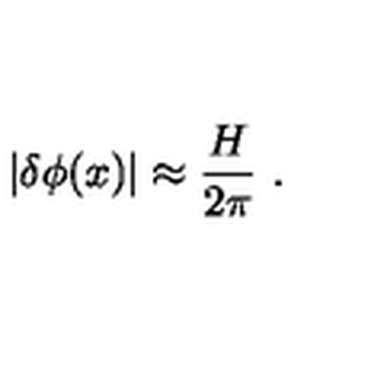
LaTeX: | \delta \phi ( x ) | \approx \frac { H } { 2 \pi } \ .